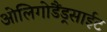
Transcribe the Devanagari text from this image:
ओलिगोडैंड्रसाईट